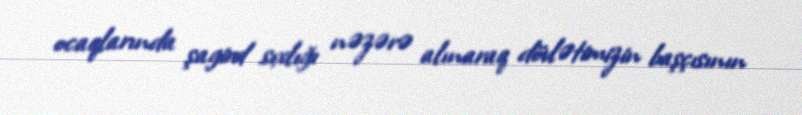
ocaqlarında şagird sıxlığı nəzərə alınaraq dövlətimizin başçısının